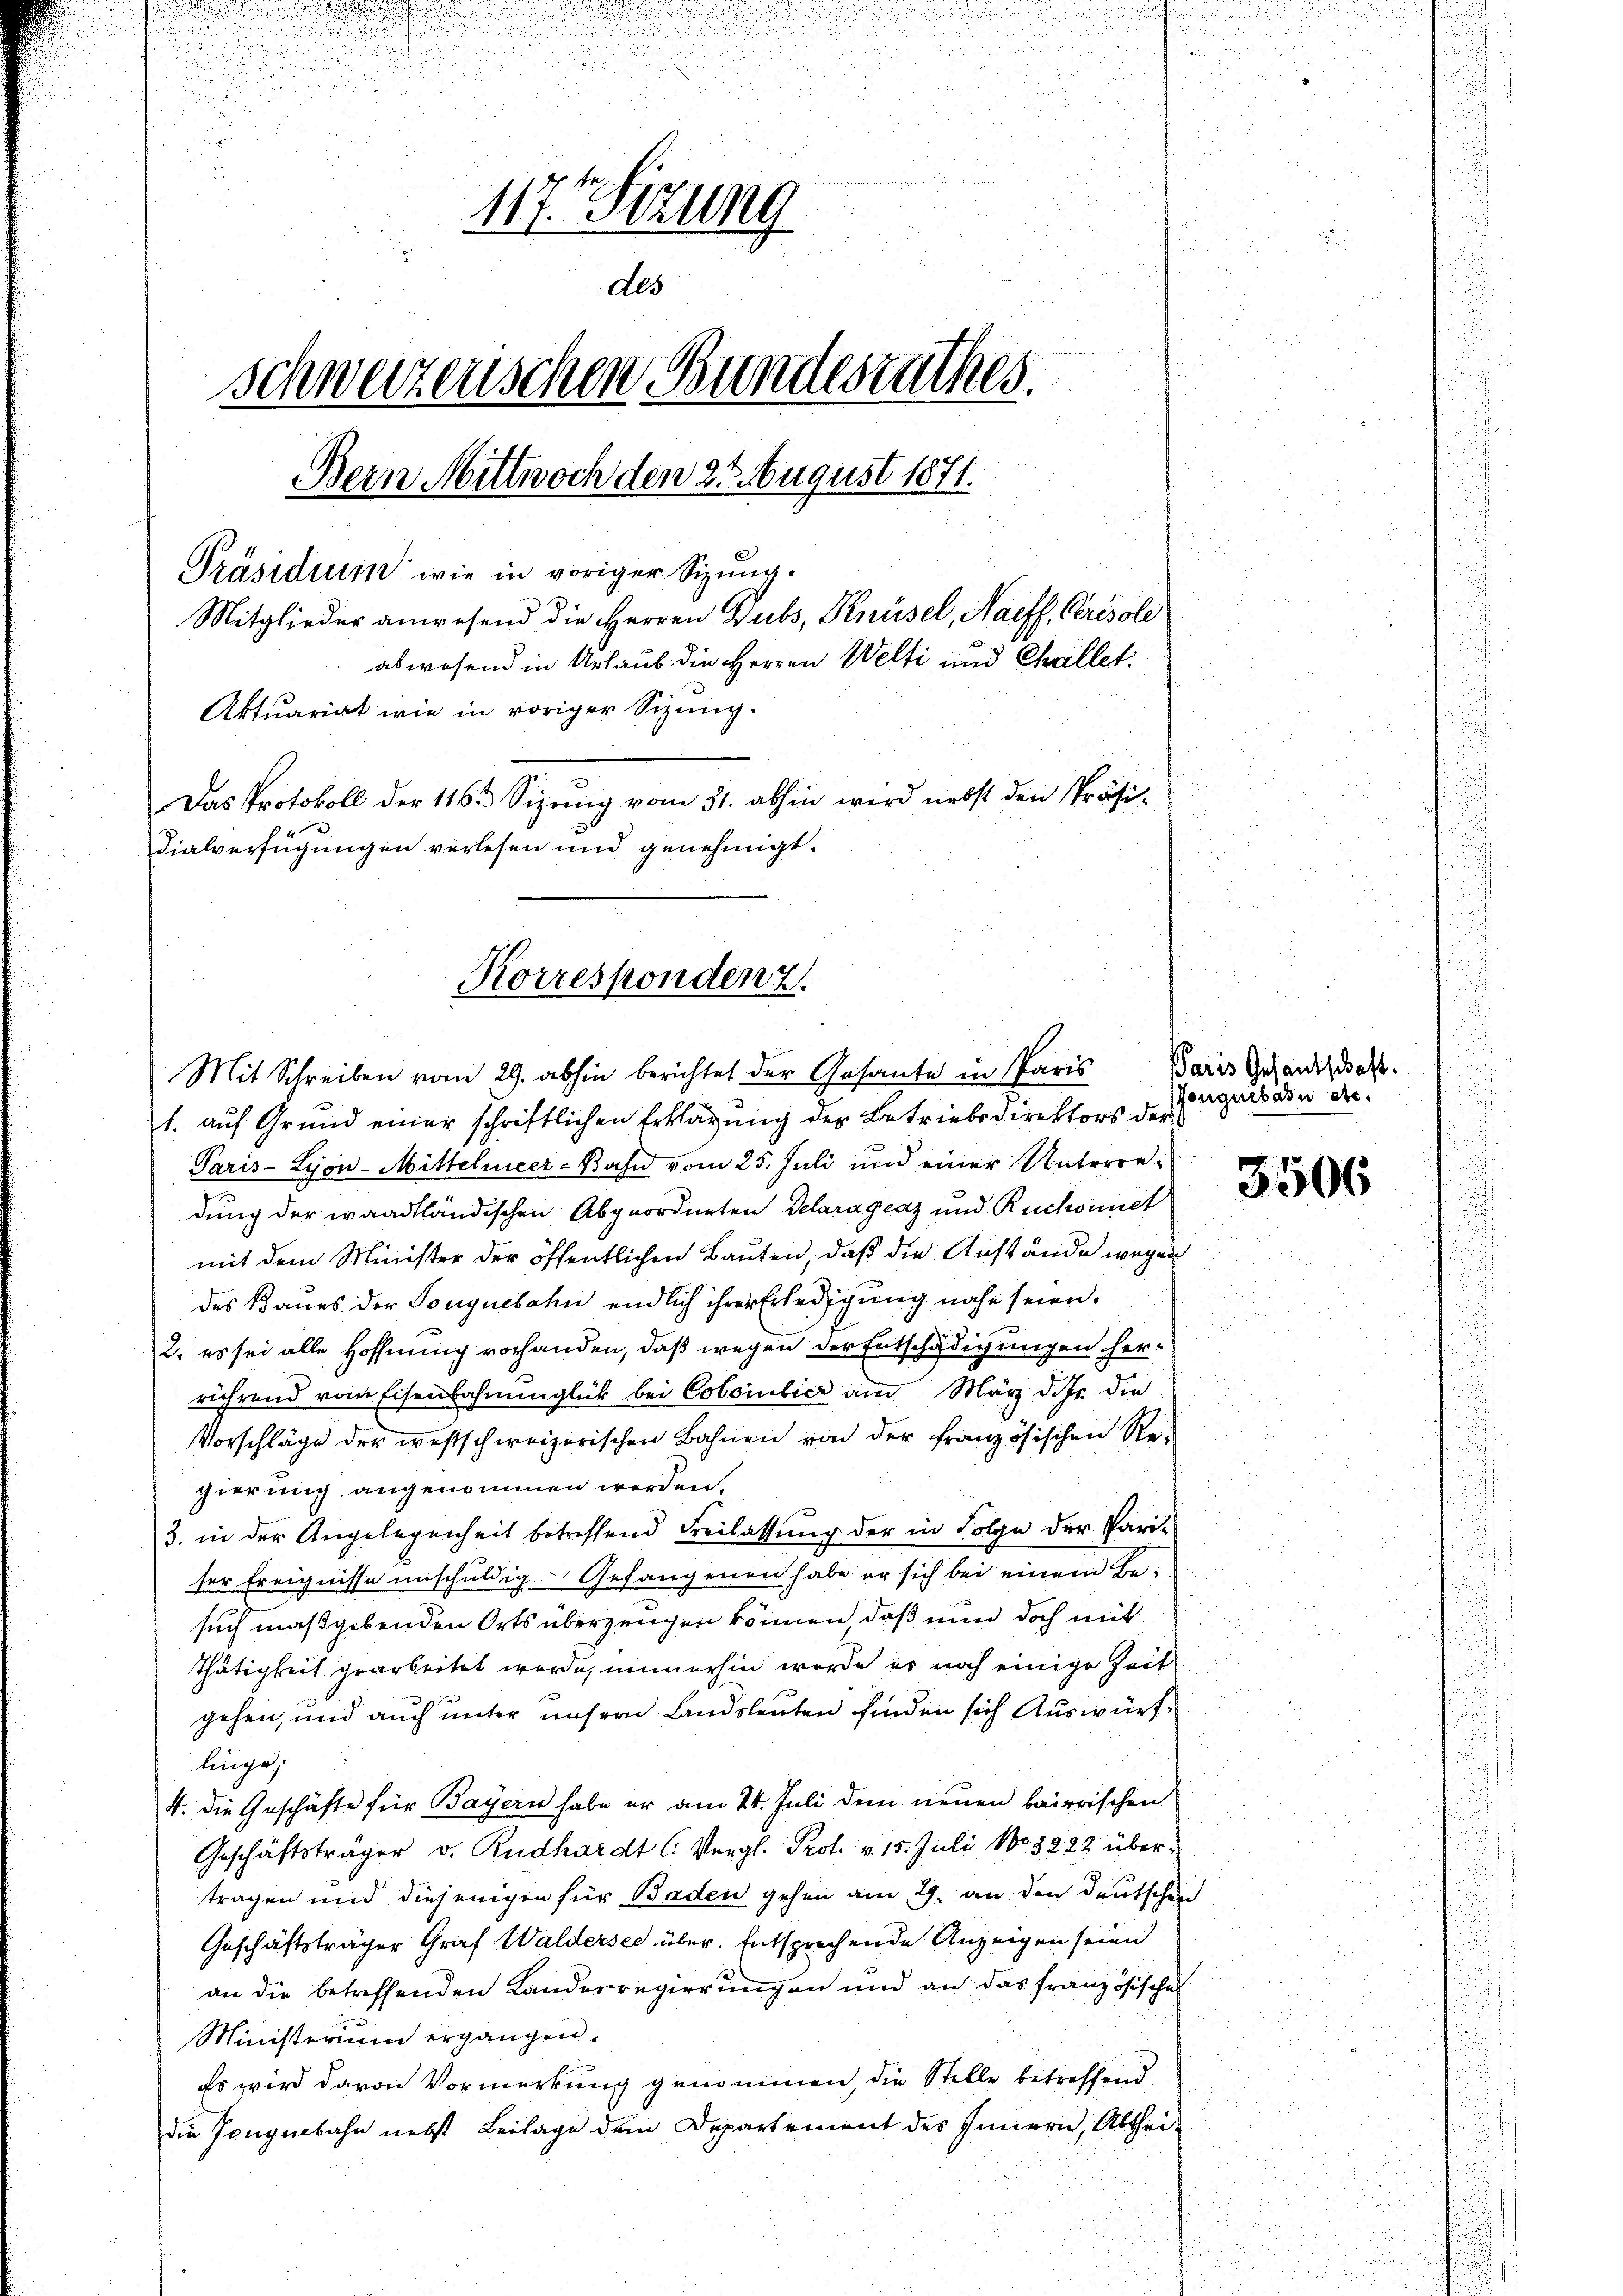
.
.
u

u

.
.
117. Sizung
Als
schweizenschen Bundesrathes.
Bein Mittwoch den 25. August 1871.
Präsidium wie in voriger Sizung¬
Mitglieder anwesend die Herren Dubs, Knüsel, Naeff, Ceresole
abwesend in Urlaub die Herren Welti und Challet.
Aktuariat wie in voriger Sizung.
Das Protokoll der 116. Sizung vom 31. abhin wird nebst den Präsi¬

u
d
u

Korrespondenz.

dialverfügungen verlesen und genehmigt.

Mit Schreiben vom 29. abhin berichtet der Gesante in Paris
1. auf Grund einer schriftlichen Erklärung der Betriebsdirektors der
Paris - Lyon-Mittelmeer-Bahn vom 25. Juli und einer Unterredung der waadtländischen Abgeordneten Delaragraz und Ruchonnet
mit dem Minister der öffentlichen Bauten, daß die Anstände wegen
des Baues der Tonguebahn endlich ihrer Erledigung nahe seien.
2. es sei alle Hoffnung vorhanden, daß wegen der Entschädigungen herrührend vom Eisenbahnunglück bei Colontier am März dass die
Vorschläge der westschweizerischen Bahnen von der französischen Re-
gierung angenommen werden.
3. in der Angelegenheit betreffend Freilassung der in Folge der Pari-
ser Ereignisse unschuldig. Gefangenen habe er sich bei einem Be-
such maßgebenden Orts überzeugen können, daß nun doch mit
Thätigkeit gearbeitet werde, immerhin werde er noch einige Zeit
gehen, und auch unter unsern Landsleuten finden sich Auswürflinge;
4. die Geschäfte für Bayern habe er am 24. Juli dem neuen baierischen
Geschäftsträger v. Rudhardt C. Vergl. Prot. v. 15. Juli 183822 übertragen und diejenigen für Baden gehen am 29. an den Deutschen
Geschäftsträger Graf Waldersee über. Entsprechende Anzeigen seien
an die betreffenden Kanderregierungen und an das französische
Ministerium ergangen.
Es wird davon Vormerkung genommen, die Stelle betreffend
die Zeugenbahn nebst Beilage dem Departement des Innern, Abthei-

Paris Gesandschaft.
songuebatu etc.

3506